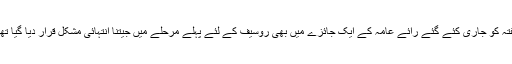
ہفتہ کو جاری کئے گئے رائے عامہ کے ایک جائزے میں بھی روسیف کے لئے پہلے مرحلے میں جیتنا انتہائی مشکل قرار دیا گیا تھا۔